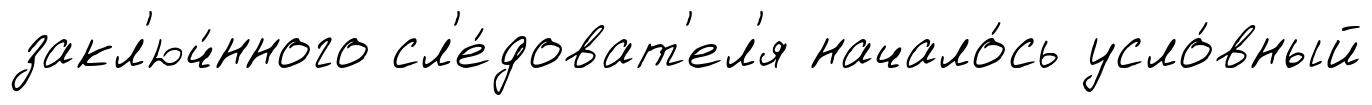
закл'юч́нного сл'е́доват'ел'я начало́сь усло́вный